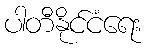
ပါတီနိုင်ငံရေး